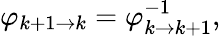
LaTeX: \varphi_{k+1\to k}=\varphi_{k\to k+1}^{-1},